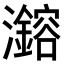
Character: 𪸆